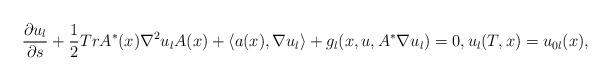
LaTeX: \begin{align*} \frac{\partial u_l}{\partial s}+\frac 12 Tr A^*(x)\nabla^2 u_lA(x)+\langle a(x),\nabla u_l\rangle+g_l(x,u, A^*\nabla u_l)=0,u_l(T,x)=u_{0l}(x),\end{align*}